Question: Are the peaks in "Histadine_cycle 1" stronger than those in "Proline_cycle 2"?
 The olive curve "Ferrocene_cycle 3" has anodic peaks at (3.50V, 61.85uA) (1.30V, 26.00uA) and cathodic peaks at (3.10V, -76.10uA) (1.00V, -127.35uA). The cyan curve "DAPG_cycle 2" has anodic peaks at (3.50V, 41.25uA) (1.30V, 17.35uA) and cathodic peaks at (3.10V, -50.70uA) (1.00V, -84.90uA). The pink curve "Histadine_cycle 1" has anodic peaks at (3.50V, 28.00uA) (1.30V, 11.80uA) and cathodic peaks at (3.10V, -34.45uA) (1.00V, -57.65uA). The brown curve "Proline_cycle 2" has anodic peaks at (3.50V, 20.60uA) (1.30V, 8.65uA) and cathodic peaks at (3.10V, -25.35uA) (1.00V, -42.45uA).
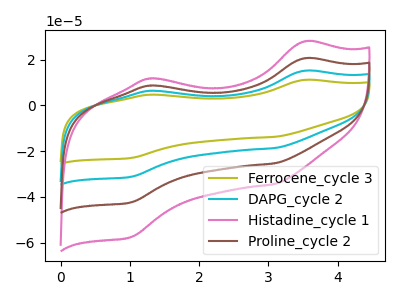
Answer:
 <answer>Every peak in "Histadine_cycle 1" is higher than every peak in "Proline_cycle 2".</answer>
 <eval>higher</eval>